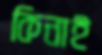
কিনাই